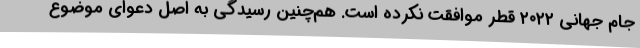
جام جهانی ۲۰۲۲ قطر موافقت نکرده است. هم‌چنین رسیدگی به اصل دعوای موضوع